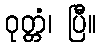
ဝုတ္တံ၊ ပြီ။